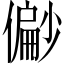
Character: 𫣪